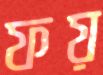
ফয়